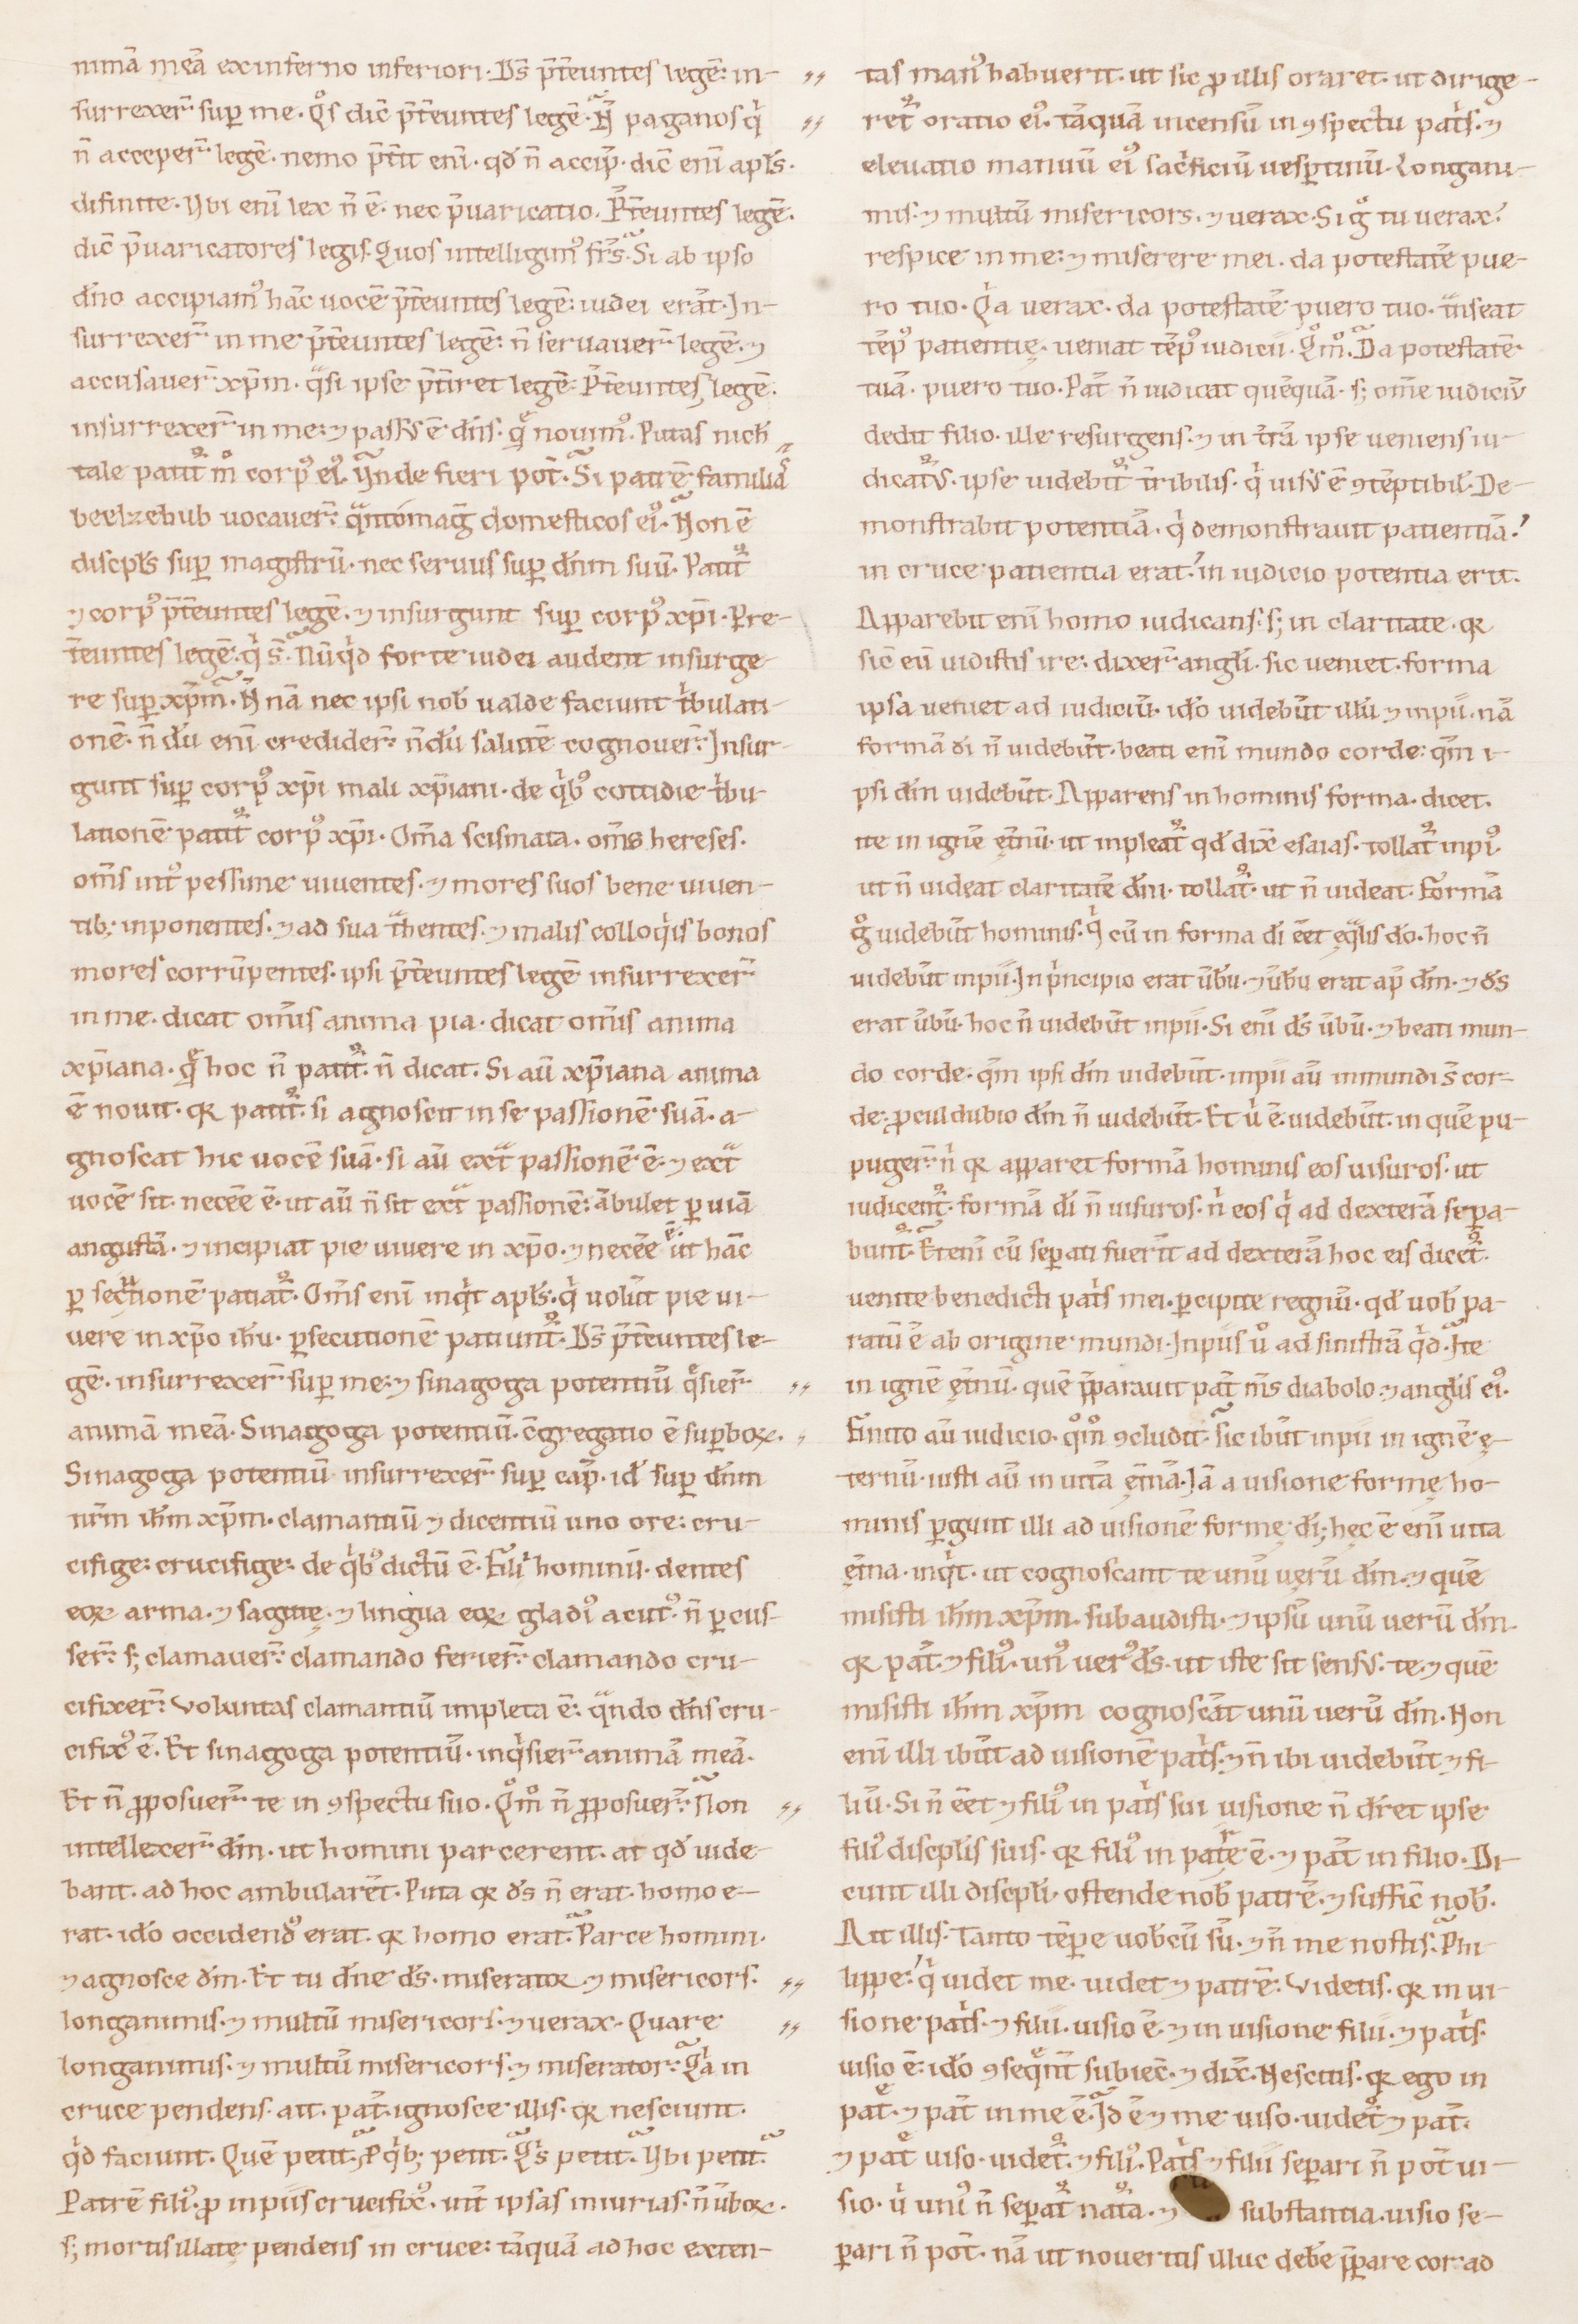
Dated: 1100–1199